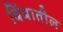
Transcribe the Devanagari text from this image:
बिंबातील